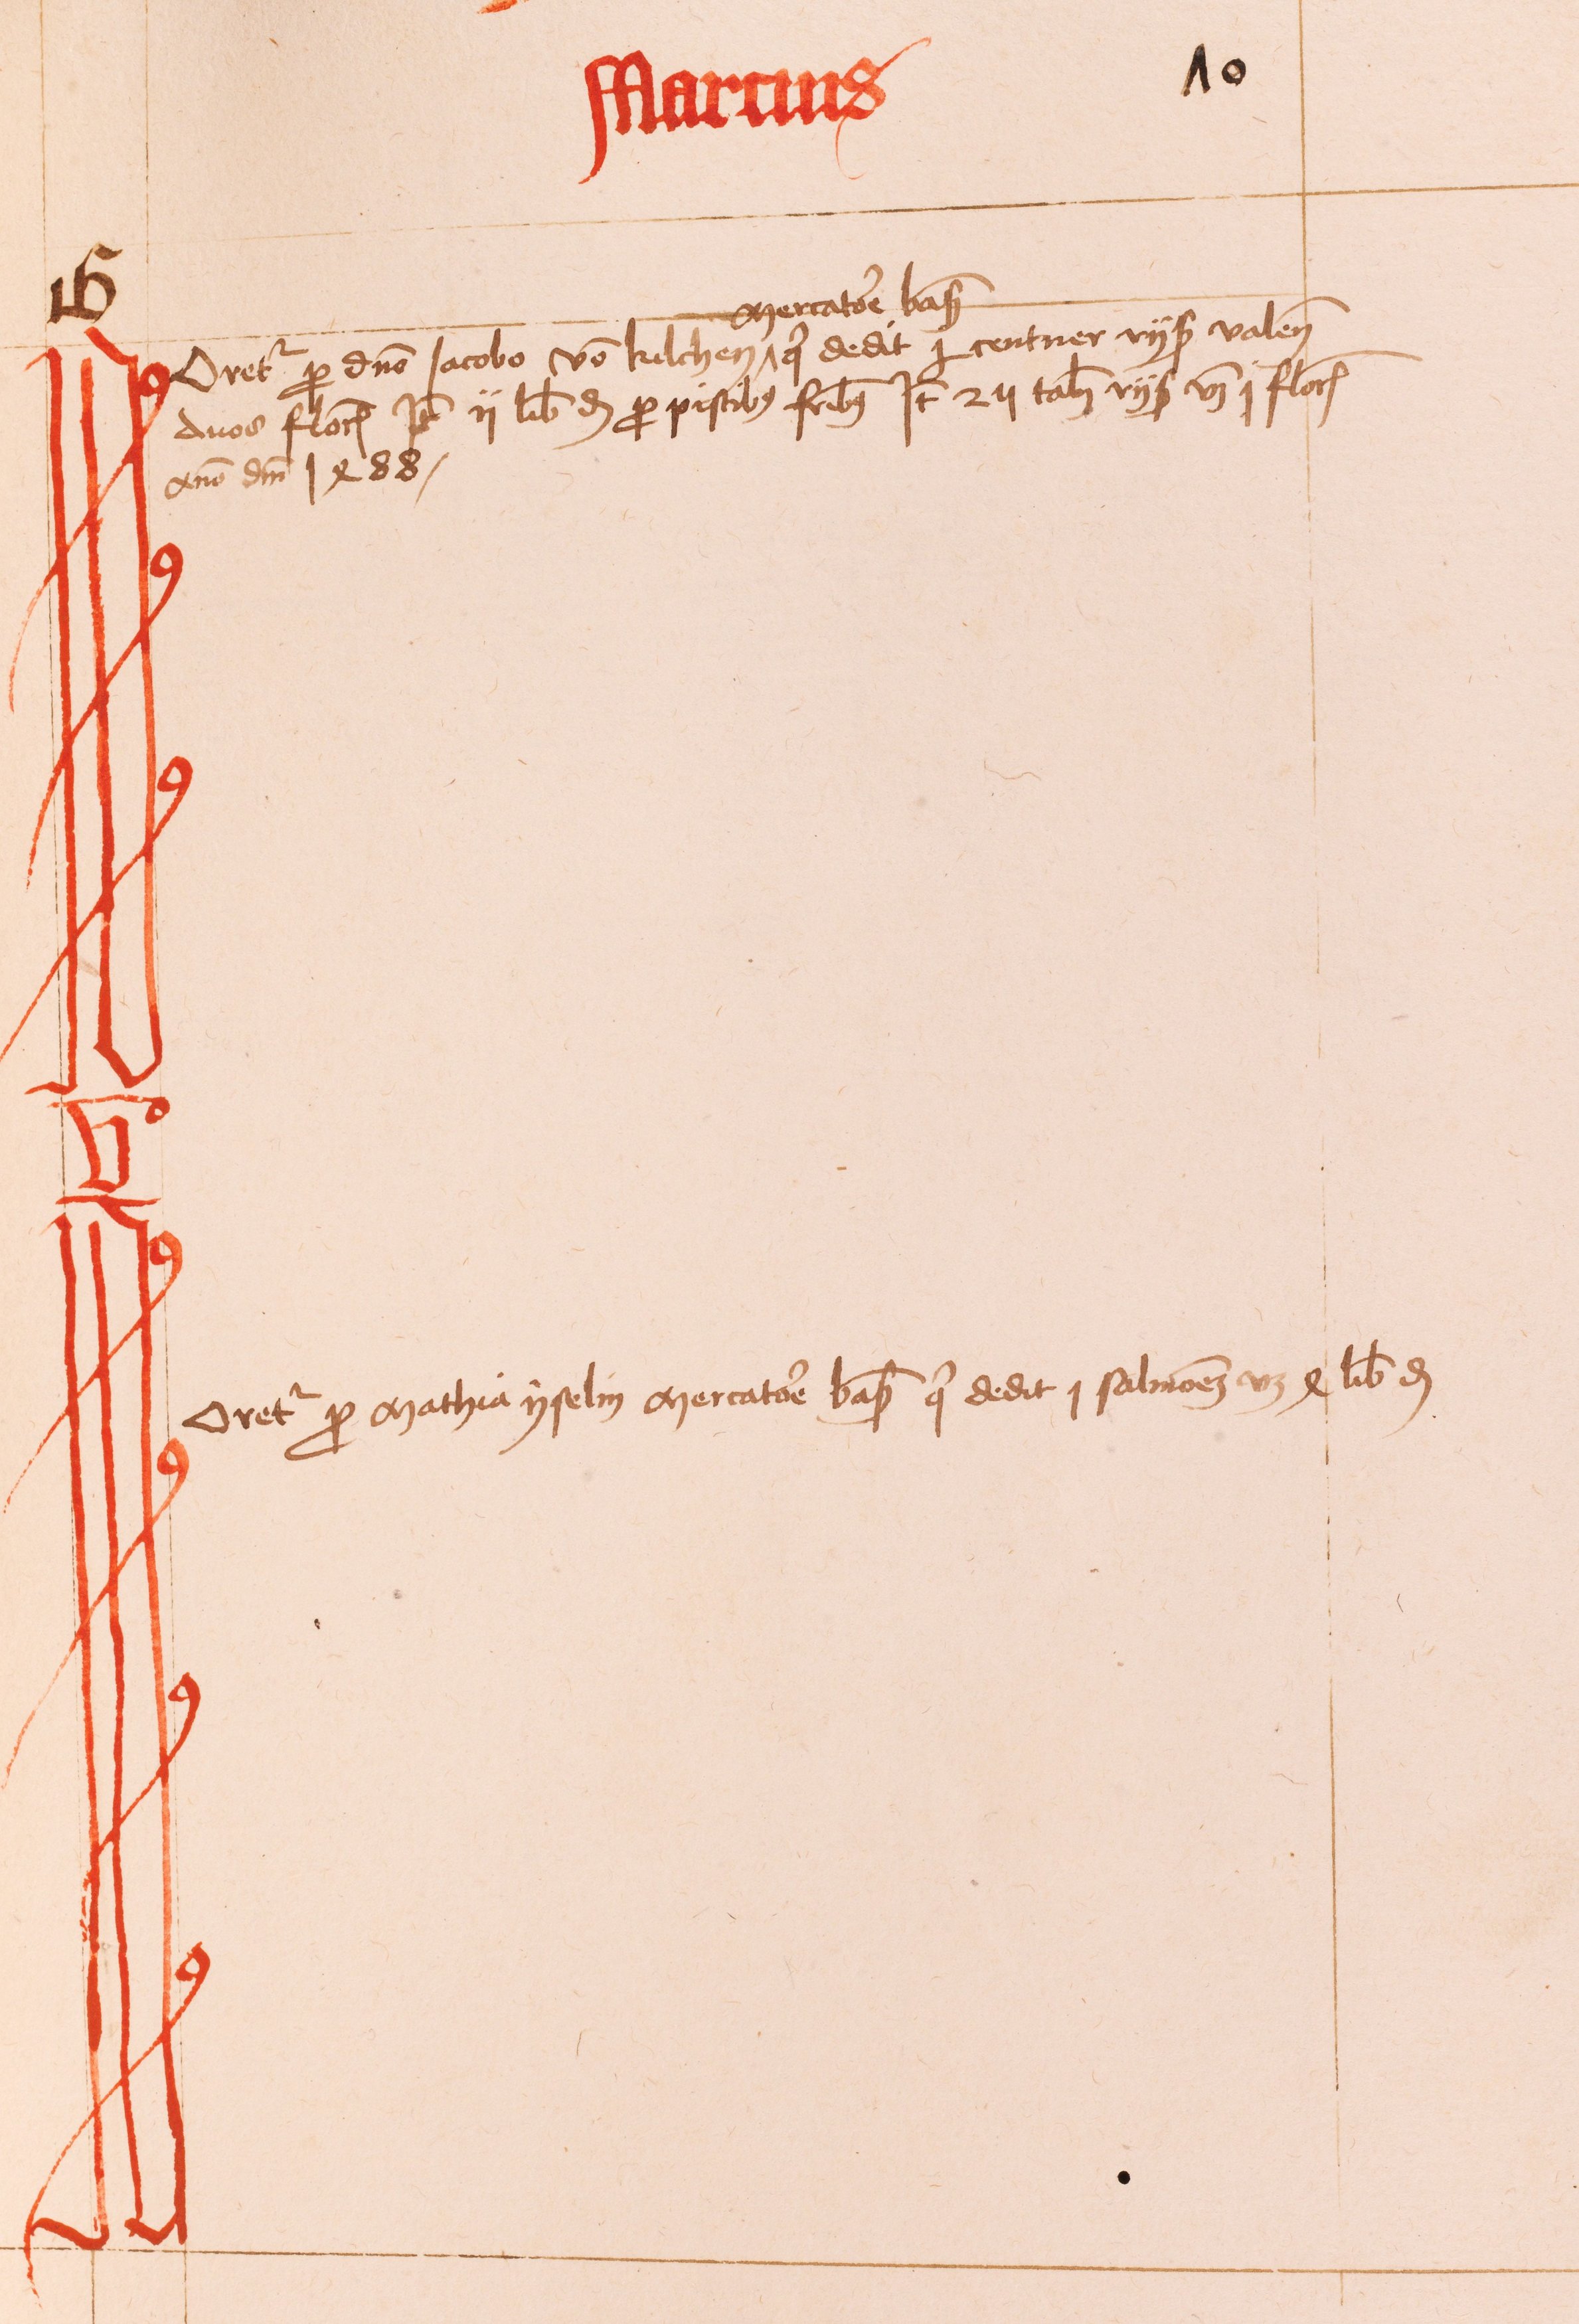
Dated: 1430–1520